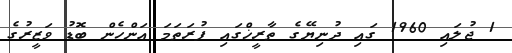
1 ޖުލައި 1960 ގައި ދުނިޔޭގެ ތާރީޚްގައި ފުރަތަމަ އަންހެން ބޮޑު ވަޒީރުގެ